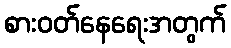
စားဝတ်နေရေးအတွက်